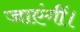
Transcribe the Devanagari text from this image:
जाएंगीं।